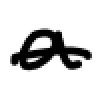
Text: a
Cross-out: single-line
Writing tool: digital_black